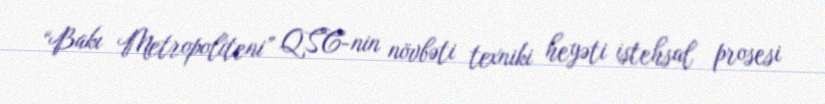
“Bakı Metropoliteni” QSC-nin növbəti texniki heyəti istehsal prosesi